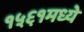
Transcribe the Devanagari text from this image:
१५६१मध्ये